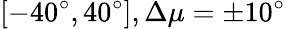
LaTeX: [-40^{\circ},40^{\circ}],\Delta\mu=\pm 10^{\circ}